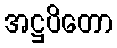
အဋ္ဌပိတော